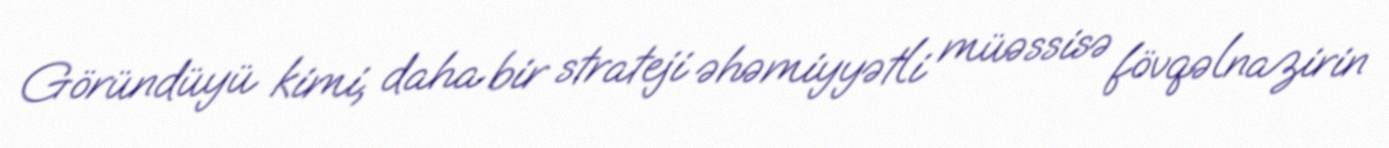
Göründüyü kimi, daha bir strateji əhəmiyyətli müəssisə fövqəlnazirin